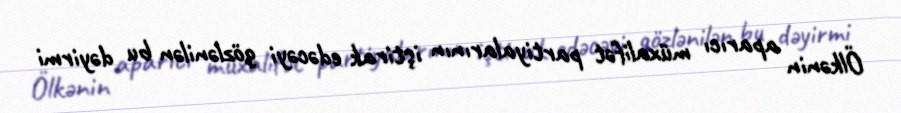
Ölkənin aparıcı müxalifət partiyalarının iştirak edəcəyi gözlənilən bu dəyirmi